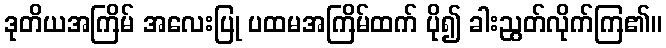
ဒုတိယအကြိမ် အလေးပြု ပထမအကြိမ်ထက် ပို၍ ခါးညွတ်လိုက်ကြ၏။